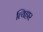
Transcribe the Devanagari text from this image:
त्यिहार